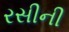
રસીની